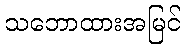
သဘောထားအမြင်